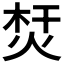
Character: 𤉀